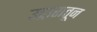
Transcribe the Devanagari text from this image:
उद्गारातून